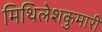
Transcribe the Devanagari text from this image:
मिथिलेशकुमारी